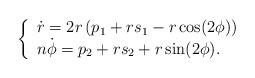
LaTeX: \begin{align*}\left\{ \begin{array}{l} \displaystyle{\dot{r}=2r\left(p_1+rs_1-r\cos( 2\phi)\right)}\\ \displaystyle{n\dot{\phi}=p_2+rs_2+r\sin(2\phi)}. \end{array} \right.\end{align*}